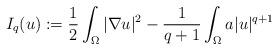
LaTeX: \begin{align*}I_{q}(u):=\frac{1}{2}\int_{\Omega}|\nabla u|^{2}-\frac{1}{q+1}\int_{\Omega}a|u|^{q+1}\end{align*}